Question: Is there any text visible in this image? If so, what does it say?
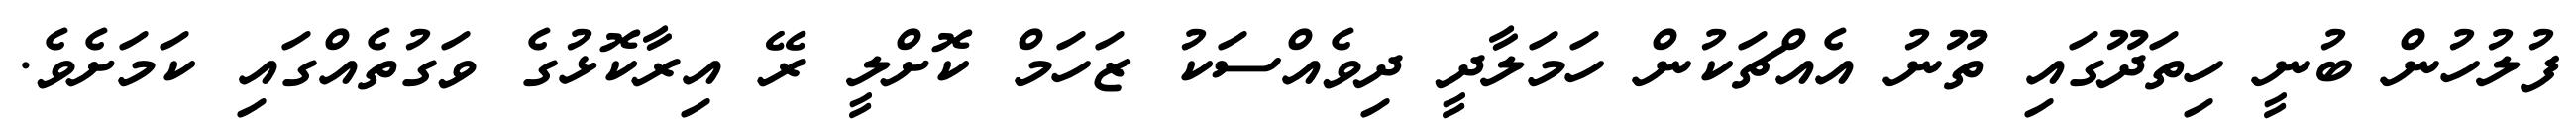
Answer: ފުލުހުން ބުނީ ހިތަދޫގައި ތޫނު އެއްޗަކުން ހަމަލާދީ ދިވެއްސަކު ޒަހަމް ކޮށްލީ ރޭ އިރާކޮޅުގެ ވަގުތެއްގައި ކަމަށެވެ.